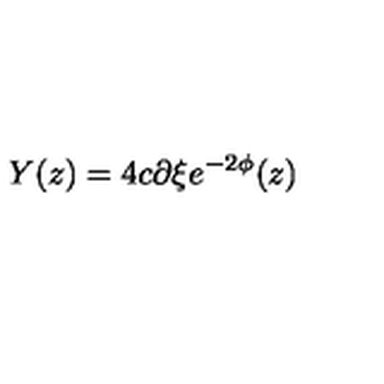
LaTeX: Y ( z ) = 4 c \partial \xi e ^ { - 2 \phi } ( z )